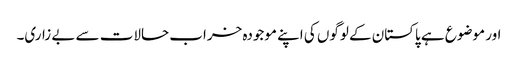
اور موضوع ہے پاکستان کے لوگوں کی اپنے موجودہ خراب حالات سے بے زاری۔